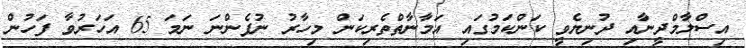
އިސްލާމްދީނާއި ދުނިޔެވީ ކަންކަމުގައި އަމާނާތްތެރިކަން މިހާރު ނުފެންނަ ނަމަ 65 އަހަރުވާ ފަހުން